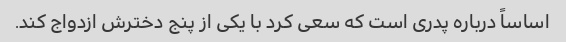
اساساً درباره پدری است که سعی کرد با یکی از پنج دخترش ازدواج کند.